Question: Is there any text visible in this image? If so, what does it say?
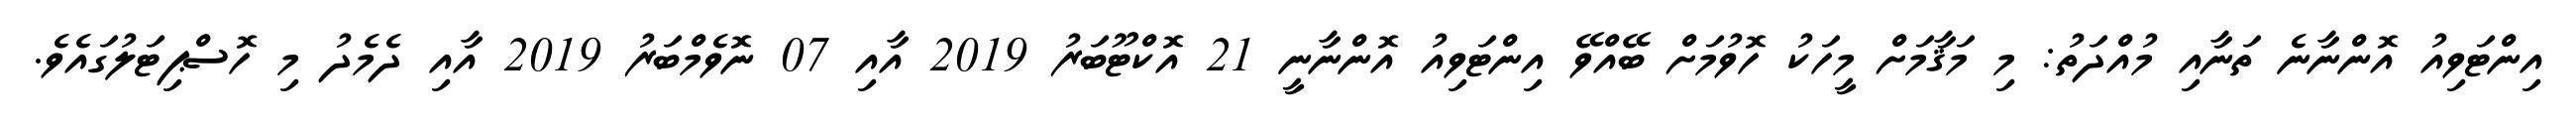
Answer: އިންޓަވިއު އޮންނާނެ ތަނާއި މުއްދަތު: މި މަޤާމަށް މީހަކު ހޮވުމަށް ބޭއްވޭ އިންޓަވިއު އޮންނާނީ 21 އޮކްޓޫބަރު 2019 އާއި 07 ނޮވެމްބަރު 2019 އާއި ދެމެދު މި ހޮސްޕިޓަލުގައެވެ.